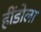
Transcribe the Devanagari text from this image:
हींडोला